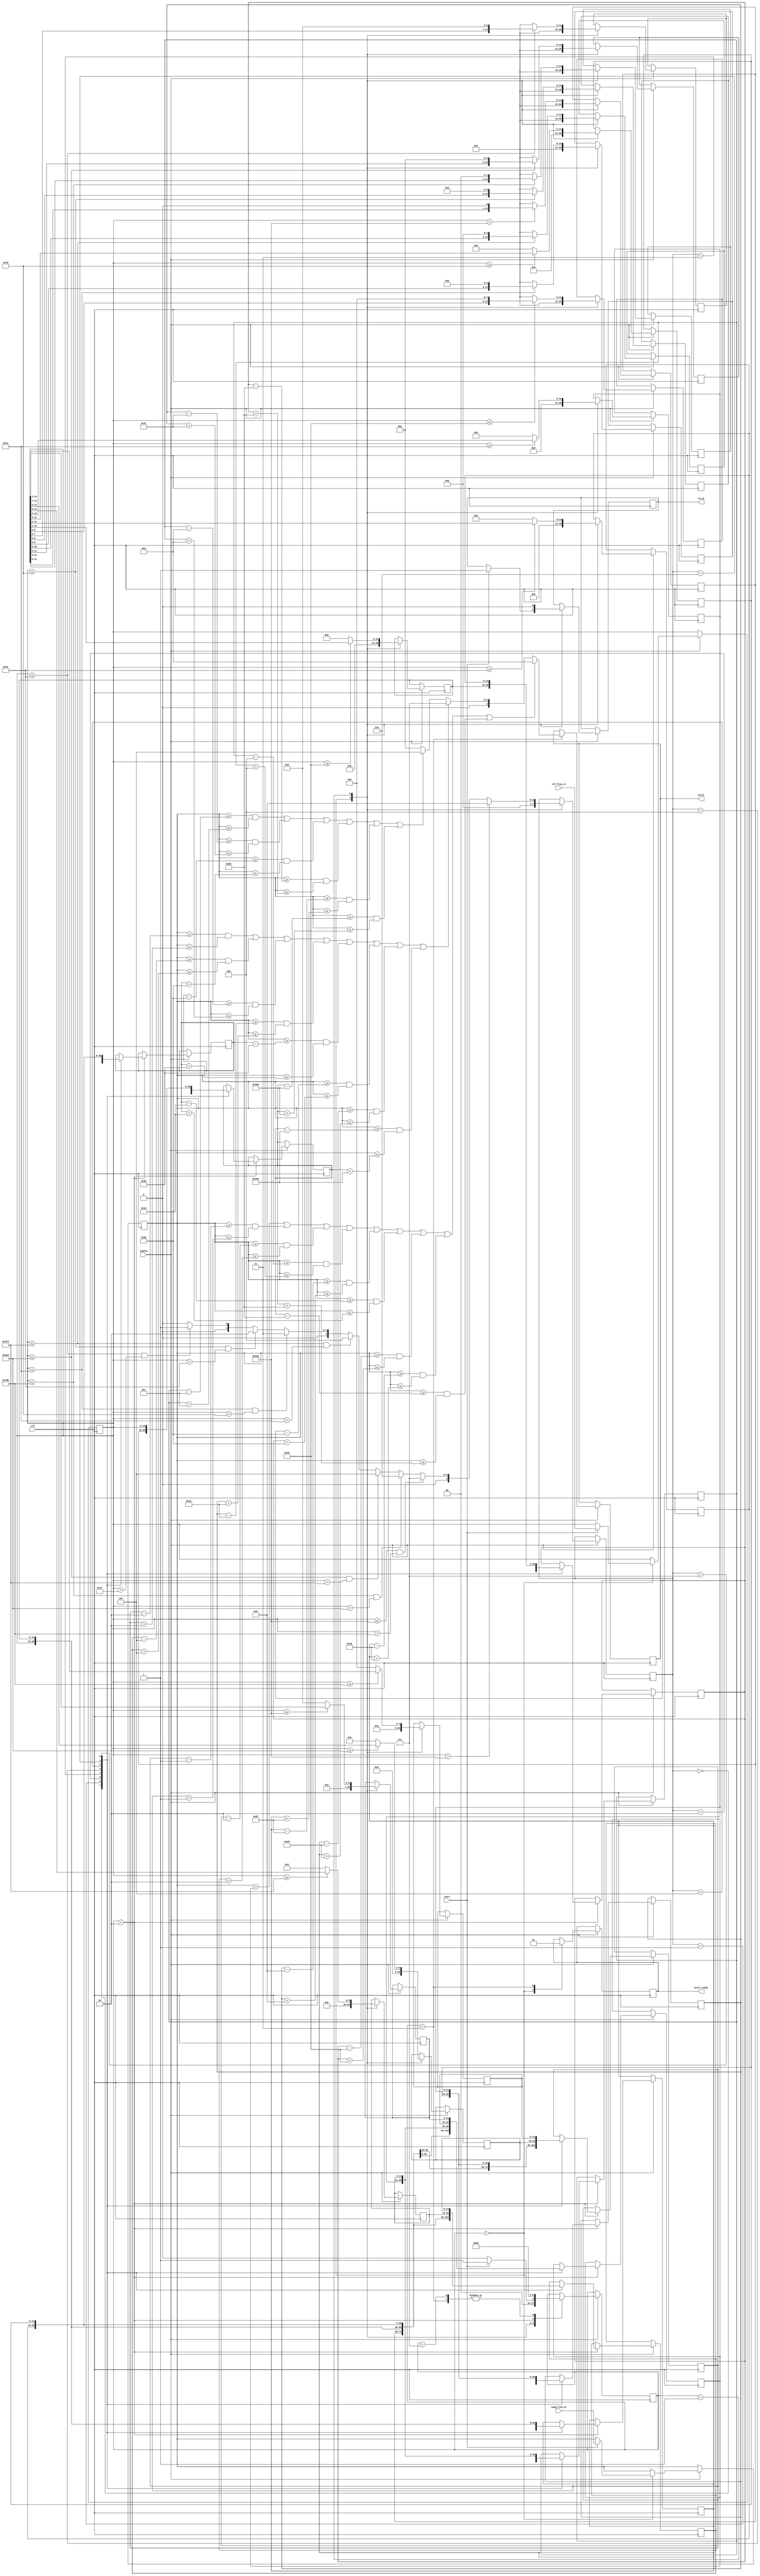
`timescale 1ns / 1ps

module comparison(
input clk,
      enable, 
      start,               //Signal that the next frequency is ready
input [14:0] sung_freq_in, //15 bits in Hz
             ref_freq_in,
output reg rd_en = 1'b0,
output reg score_ready = 1'b0,             
output reg [3:0] score = 4'd0);

localparam

//STATES
IDLE    = 3'b000,
OCTAVES = 3'b001,
CENTER  = 3'b010,
SCORE   = 3'b011,
FINISH  = 3'b111;


reg [2:0] counter = 3'd0;
reg [2:0] STATE   = 3'd0;
reg [3:0] ref_oct = 4'd0;

reg [14:0] octave [8:0];

reg [14:0] sung_in_reg = 15'd0,
           ref_in_reg  = 15'd0,
           
           //To hold frequencies for octaves above and below ref_freq in the range of note scale (16Hz,8KHz)
           oct_above0  = 15'd0,
           oct_above1  = 15'd0,
           oct_above2  = 15'd0,
           oct_above3  = 15'd0,
           oct_above4  = 15'd0,
           oct_above5  = 15'd0,
           oct_above6  = 15'd0,
           oct_above7  = 15'd0,
           oct_above8  = 15'd0,

           oct_below0  = 15'd0,
           oct_below1  = 15'd0,
           oct_below2  = 15'd0,
           oct_below3  = 15'd0,
           oct_below4  = 15'd0,
           oct_below5  = 15'd0,
           oct_below6  = 15'd0,
           oct_below7  = 15'd0,
           oct_below8  = 15'd0;

always@(posedge clk)begin
if(enable) begin
case(STATE)

   IDLE: begin
           //Reset registers
           ref_oct     <= 4'd0;
           score_ready <= 1'b0;
           oct_above0  <= 15'd0;
           oct_above1  <= 15'd0;
           oct_above2  <= 15'd0;
           oct_above3  <= 15'd0;
           oct_above4  <= 15'd0;
           oct_above5  <= 15'd0;
           oct_above6  <= 15'd0;
           oct_above7  <= 15'd0;
           oct_above8  <= 15'd0;
    
           oct_below0  <= 15'd0;
           oct_below1  <= 15'd0;
           oct_below2  <= 15'd0;
           oct_below3  <= 15'd0;
           oct_below4  <= 15'd0;
           oct_below5  <= 15'd0;
           oct_below6  <= 15'd0;
           oct_below7  <= 15'd0;
           oct_below8  <= 15'd0;
            if(start)
                begin
                    ref_in_reg <= ref_freq_in;   //get note to compare against
                    sung_in_reg <= sung_freq_in; //get note that was sung\
                    rd_en <= 1'b1;
                    STATE <= OCTAVES;
                end
            else
                STATE <= IDLE;
         end//IDLE
   
   //Find the frequency of the reference note's 'octaves' above and/or below reference frequency in the range [16Hz,8KHz]
   //Unused registers for freq out of range are filled with 0s
   OCTAVES: begin
              
              STATE <= CENTER;
              rd_en <= 1'b0;
              
              //Figure out what octave reference note is in
              if(ref_in_reg > 15'd4_000)
                ref_oct <= 4'd8;
              else if ((ref_in_reg <= 15'd4_000) &&  (ref_in_reg > 15'd2_000))
                ref_oct <= 4'd7;
              else if ((ref_in_reg <= 15'd2_000) &&  (ref_in_reg > 15'd1_000))
                ref_oct <= 4'd6;
              else if ((ref_in_reg <= 15'd1_000) &&  (ref_in_reg > 15'd500))
                ref_oct <= 4'd5;
              else if ((ref_in_reg <= 15'd500) &&  (ref_in_reg > 15'd250))
                ref_oct <= 4'd4;
              else if ((ref_in_reg <= 15'd250) &&  (ref_in_reg > 15'd125))
                ref_oct <= 4'd3;  
              else if ((ref_in_reg <= 15'd125) &&  (ref_in_reg > 15'd62))
                ref_oct <= 4'd2;
              else if ((ref_in_reg <= 15'd62) &&  (ref_in_reg > 15'd31))
                ref_oct <= 4'd1;
              else
                ref_oct <= 4'd0;
                        
              //Fill in the frequencies for all the octacves above
              if(ref_in_reg < 15'd4_000)
                    oct_above0 <= ref_in_reg << 1;
               else
                    oct_above0 <= 15'd0;
              
              if(ref_in_reg <= 15'd2_000)
                    oct_above1 <= ref_in_reg << 2;
               else
                    oct_above1 <= 15'd0;
                
              if(ref_in_reg <= 15'd1_000)
                    oct_above2 <= ref_in_reg << 3;
               else
                    oct_above2 <= 15'd0;
              
              if(ref_in_reg <= 15'd500)
                    oct_above3 <= ref_in_reg << 4;
               else
                    oct_above3 <= 15'd0;
                
              if(ref_in_reg <= 15'd250)
                    oct_above4 <= ref_in_reg << 5;
               else
                    oct_above4 <= 15'd0;
               
               if(ref_in_reg <= 15'd125)
                    oct_above5 <= ref_in_reg << 6;
               else
                    oct_above5 <= 15'd0;
               
               if(ref_in_reg <= 15'd62)
                    oct_above6 <= ref_in_reg << 7;
               else
                    oct_above6 <= 15'd0;
               
               if(ref_in_reg <= 15'd32)
                    oct_above7 <= ref_in_reg << 8;
               else
                    oct_above7 <= 15'd0;
                    
           
              //Fill in frequencies for octaves below
              if (ref_in_reg >= 15'd4_000)
                    begin
                    oct_below7 <= ref_in_reg >> 8;
                    end
              else
                    oct_below7 <= 15'd0;

              if (ref_in_reg >= 15'd2_000)
                    begin
                    oct_below6 <= ref_in_reg >> 7;
                    end
              else
                    oct_below6 <= 15'd0;
              
              if (ref_in_reg >= 15'd1_000)
                    begin
                    oct_below5 <= ref_in_reg >> 6;
                    end
              else
                    oct_below5 <= 15'd0;
                    
              if (ref_in_reg >= 15'd500)
                    begin
                    oct_below4 <= ref_in_reg >> 5;
                    end
              else
                    oct_below4 <= 15'd0;
              
              if (ref_in_reg >= 15'd250)
                    begin
                    oct_below3 <= ref_in_reg >> 4;
                    end
              else
                    oct_below3 <= 15'd0;
              
              if (ref_in_reg >= 15'd125)
                    begin
                    oct_below2 <= ref_in_reg >> 3;
                    end
              else
                    oct_below2 <= 15'd0;
              
              if (ref_in_reg >= 15'd62)
                    begin
                    oct_below1 <= ref_in_reg >> 2;
                    end
              else
                    oct_below1 <= 15'd0;
             
             if (ref_in_reg >= 15'd32)
                    begin
                    oct_below0 <= ref_in_reg >> 1;
                    end
              else
                    oct_below0 <= 15'd0;
            end//OCTAVES
     
     //Center octave frequencies found in previous step into the correct bin for scoring purposes
     CENTER: begin
                STATE <= SCORE;
                case(ref_oct)
                4'd0: begin
                      octave[0] <= ref_in_reg;
                      octave[1] <= oct_above0;
                      octave[2] <= oct_above1;
                      octave[3] <= oct_above2;
                      octave[4] <= oct_above3;
                      octave[5] <= oct_above4;
                      octave[6] <= oct_above5;
                      octave[7] <= oct_above6;
                      octave[8] <= oct_above7;
                      end
                4'd1: begin
                      octave[0] <= oct_below0;
                      octave[1] <= ref_in_reg;
                      octave[2] <= oct_above0;
                      octave[3] <= oct_above1;
                      octave[4] <= oct_above2;
                      octave[5] <= oct_above3;
                      octave[6] <= oct_above4;
                      octave[7] <= oct_above5;
                      octave[8] <= oct_above6;
                      end
                4'd2: begin
                      octave[0] <= oct_below1;
                      octave[1] <= oct_below0;
                      octave[2] <= ref_in_reg;
                      octave[3] <= oct_above0;
                      octave[4] <= oct_above1;
                      octave[5] <= oct_above2;
                      octave[6] <= oct_above3;
                      octave[7] <= oct_above4;
                      octave[8] <= oct_above5;
                      end
                4'd3: begin
                      octave[0] <= oct_below2;
                      octave[1] <= oct_below1;
                      octave[2] <= oct_below0;
                      octave[3] <= ref_in_reg;
                      octave[4] <= oct_above0;
                      octave[5] <= oct_above1;
                      octave[6] <= oct_above2;
                      octave[7] <= oct_above3;
                      octave[8] <= oct_above4;
                      end
                4'd4: begin
                      octave[0] <= oct_below3;
                      octave[1] <= oct_below2;
                      octave[2] <= oct_below1;
                      octave[3] <= oct_below0;
                      octave[4] <= ref_in_reg;
                      octave[5] <= oct_above0;
                      octave[6] <= oct_above1;
                      octave[7] <= oct_above2;
                      octave[8] <= oct_above3;
                      end
                4'd5: begin
                      octave[0] <= oct_below4;
                      octave[1] <= oct_below3;
                      octave[2] <= oct_below2;
                      octave[3] <= oct_below1;
                      octave[4] <= oct_below0;
                      octave[5] <= ref_in_reg;
                      octave[6] <= oct_above0;
                      octave[7] <= oct_above1;
                      octave[8] <= oct_above2;
                      end
                4'd6: begin
                      octave[0] <= oct_below6;
                      octave[1] <= oct_below5;
                      octave[2] <= oct_below4;
                      octave[3] <= oct_below3;
                      octave[4] <= oct_below2;
                      octave[5] <= oct_below1;
                      octave[6] <= oct_below0;
                      octave[7] <= ref_in_reg;
                      octave[8] <= oct_above0;
                      end
                4'd7: begin
                      octave[0] <= oct_below7;
                      octave[1] <= oct_below6;
                      octave[2] <= oct_below5;
                      octave[3] <= oct_below4;
                      octave[4] <= oct_below3;
                      octave[5] <= oct_below2;
                      octave[6] <= oct_below1;
                      octave[7] <= oct_below0;
                      octave[8] <= ref_in_reg;
                      end   
                endcase
             end
     
     SCORE: begin
            STATE <= IDLE;
            //Full points if it equals the ref frequency or any of the same notes in different octaves +/- acceptable band for the note
            if ((sung_in_reg == octave[0]) ||
                ((sung_in_reg >= octave[1]-15'd1) && (sung_in_reg <= octave[1]+15'd1)) ||
                ((sung_in_reg >= octave[2]-15'd2) && (sung_in_reg <= octave[2]+15'd2)) ||
                ((sung_in_reg >= octave[3]-15'd4) && (sung_in_reg <= octave[3]+15'd4)) ||
                ((sung_in_reg >= octave[4]-15'd8) && (sung_in_reg <= octave[4]+15'd8)) ||
                ((sung_in_reg >= octave[5]-15'd16) && (sung_in_reg <= octave[5]+15'd16)) ||
                ((sung_in_reg >= octave[6]-15'd32) && (sung_in_reg <= octave[6]+15'd32)) ||
                ((sung_in_reg >= octave[7]-15'd64) && (sung_in_reg <= octave[7]+15'd64)) ||
                ((sung_in_reg >= octave[8]-15'd128) && (sung_in_reg <= octave[8]+15'd128)))
                begin
                    score <= 4'd10;
                end//Full Points
            
            //Partial points teir 1
            else if(((sung_in_reg >= octave[1]-15'd2) && (sung_in_reg <= octave[1]+15'd2)) ||
                    ((sung_in_reg >= octave[2]-15'd5) && (sung_in_reg <= octave[2]+15'd5)) ||
                    ((sung_in_reg >= octave[3]-15'd10) && (sung_in_reg <= octave[3]+15'd10)) ||
                    ((sung_in_reg >= octave[4]-15'd26) && (sung_in_reg <= octave[4]+15'd26)) ||
                    ((sung_in_reg >= octave[5]-15'd43) && (sung_in_reg <= octave[5]+15'd43)) ||
                    ((sung_in_reg >= octave[6]-15'd86) && (sung_in_reg <= octave[6]+15'd86)) ||
                    ((sung_in_reg >= octave[7]-15'd173) && (sung_in_reg <= octave[7]+15'd173)) ||
                    ((sung_in_reg >= octave[8]-15'd346) && (sung_in_reg <= octave[8]+15'd346)))
                begin
                    score <= 4'd7;
                end//Teir 1
             
            //Partial points teir 2
            else if(((sung_in_reg >= octave[3]-15'd12) && (sung_in_reg <= octave[3]+15'd12)) ||
                    ((sung_in_reg >= octave[4]-15'd55) && (sung_in_reg <= octave[4]+15'd55)) ||
                    ((sung_in_reg >= octave[5]-15'd86) && (sung_in_reg <= octave[5]+15'd86)) ||
                    ((sung_in_reg >= octave[6]-15'd128) && (sung_in_reg <= octave[6]+15'd128)) ||
                    ((sung_in_reg >= octave[7]-15'd215) && (sung_in_reg <= octave[7]+15'd215)) ||
                    ((sung_in_reg >= octave[8]-15'd650) && (sung_in_reg <= octave[8]+15'd650)))
                begin
                    score <= 4'd5;
                end//Teir 2
            else
                score <= 4'd0;
            score_ready <= 1'b1;                                
            end//SCORE
            
     FINISH: begin
                STATE <=IDLE;
             end

endcase


end//if enable
end    
endmodule